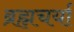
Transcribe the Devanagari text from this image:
ब्रह्मचर्या